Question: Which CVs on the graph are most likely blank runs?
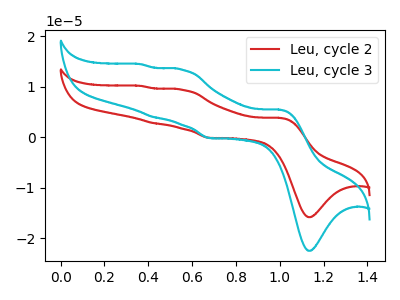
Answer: <think>The red curve "Leu, cycle 2" has anodic peaks at (1.00V, 3.85uA) (0.55V, 9.45uA) (0.40V, 2.80uA) (0.35V, 10.20uA) and cathodic peaks at (1.15V, -15.80uA) (0.70V, -0.10uA). The cyan curve "Leu, cycle 3" has anodic peaks at (1.00V, 5.50uA) (0.55V, 13.40uA) (0.40V, 4.00uA) (0.35V, 14.50uA) and cathodic peaks at (1.15V, -22.45uA) (0.70V, -0.15uA).</think>
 <answer>There are not any CV's on this graph that are likely to be blanks.</answer>
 <eval>none</eval>